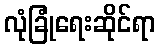
လုံခြုံရေးဆိုင်ရာ